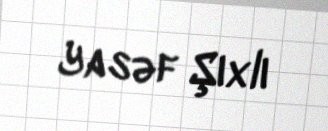
Yasəf Şıxlı